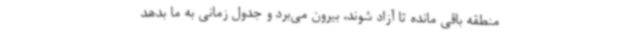
منطقه باقی مانده تا آزاد شوند، بیرون می‌برد و جدول زمانی به ما بدهد